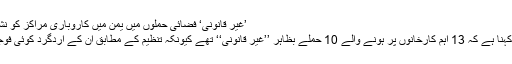
’غیر قانونی‘ فضائی حملوں میں یمن میں کاروباری مراکز کو نشانہ بنایا گیا: رپورٹ
ہیومن رائٹس واچ کا کہنا ہے کہ 13 اہم کارخانوں پر ہونے والے 10 حملے بظاہر ’’غیر قانونی‘‘ تھے کیونکہ تنظیم کے مطابق ان کے اردگرد کوئی فوجی تنصیب نہیں تھی۔